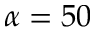
\alpha = 5 0